Scientific memoirs by medical officers of the Army of India - Part XII,
Year: 1901
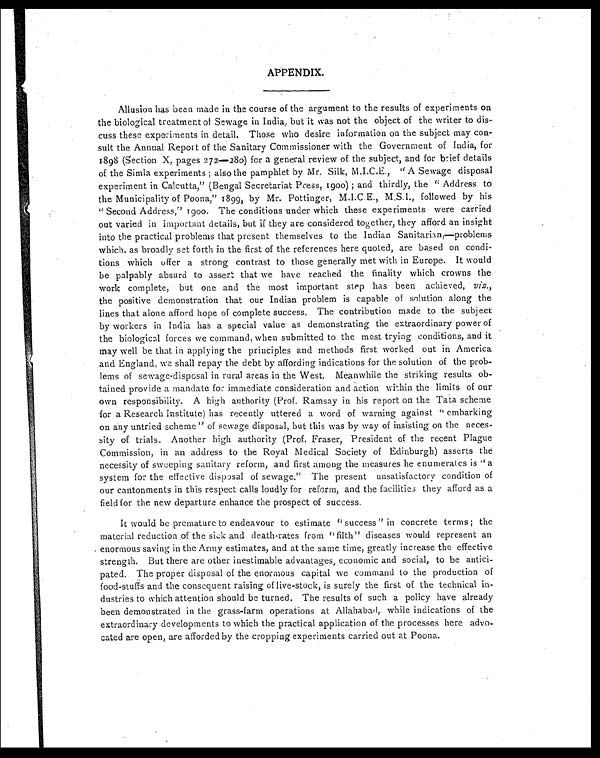
APPENDIX.
Allusion has been made in the course of the argument to the results of experiments on
the biological treatment of Sewage in India, but it was not the object of the writer to dis
-
cuss these experiments in detail. Those who desire information on the subject may con
-
sult the Annual Report of the Sanitary Commissioner with the Government of India, for
1898 (Section X, pages 272—280) for a general review of the subject, and for brief details
of the Simla experiments; also the pamphlet by Mr. Silk, M.I.C.E., "A Sewage disposal
experiment in Calcutta," (Bengal Secretariat Press, 1900); and thirdly, the "Address to
the Municipality of Poona," 1899, by Mr. Pottinger, M.I.C.E., M.S.I., followed by his
"Second Address," 1900. The conditions under which these experiments were carried
out varied in important details, but if they are considered together, they afford an insight
into the practical problems that present themselves to the Indian Sanitarian,—problems
which, as broadly set forth in the first of the references here quoted, are based on condi
-
tions which offer a strong contrast to those generally met with in Europe. It would
be palpably absurd to assert that we have reached the finality which crowns the
work complete, but one and the most important step has been achieved, viz.,
the positive demonstration that our Indian problem is capable of solution along the
lines that alone afford hope of complete success. The contribution made to the subject
by workers in India has a special value as demonstrating the extraordinary power of
the biological forces we command, when submitted to the most trying conditions, and it
may well be that in applying the principles and methods first worked out in America
and England, we shall repay the debt by affording indications for the solution of the prob
-
lems of sewage-disposal in rural areas in the West. Meanwhile the striking results ob
-
tained provide a mandate for immediate consideration and action within the limits of our
own responsibility. A high authority (Prof. Ramsay in his report on the Tata scheme
for a Research Institute) has recently uttered a word of warning against" embarking
on any untried scheme" of sewage disposal, but this was by way of insisting on the neces
-
sity of trials. Another high authority (Prof. Fraser, President of the recent Plague
Commission, in an address to the Royal Medical Society of Edinburgh) asserts the
necessity of sweeping sanitary reform, and first among the measures he enumerates is "a
system for the effective disposal of sewage." The present unsatisfactory condition of
our cantonments in this respect calls loudly for reform, and the facilities they afford as a
field for the new departure enhance the prospect of success.
It would be premature to endeavour to estimate "success" in concrete terms; the
material reduction of the sick and death-rates from "filth'' diseases would represent an
enormous saving in the Army estimates, and at the same time, greatly increase the effective
strength. But there are other inestimable advantages, economic and social, to be antici
-
pated. The proper disposal of the enormous capital we command to the production of
food-stuffs and the consequent raising of live-stock, is surely the first of the technical in
-
dustries to which attention should be turned. The results of such a policy have already
been demonstrated in the grass-farm operations at Allahabad, while indications of the
extraordinary developments to which the practical application of the processes here advo
-
cated are open, are afforded by the cropping experiments carried out at Poona.